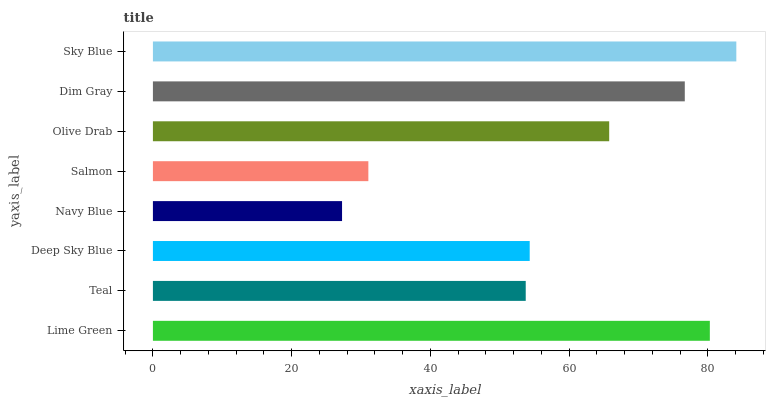
| yaxis_label | bars |
 | --- | --- |
 | Lime Green | 80.3 |
 | Teal | 53.7 |
 | Deep Sky Blue | 54.3 |
 | Navy Blue | 27.3 |
 | Salmon | 31.1 |
 | Olive Drab | 65.8 |
 | Dim Gray | 76.7 |
 | Sky Blue | 84.1 |